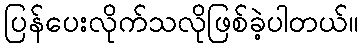
ပြန်ပေးလိုက်သလိုဖြစ်ခဲ့ပါတယ်။